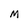
Character: M